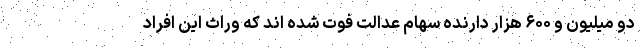
دو میلیون و ۶۰۰ هزار دارنده سهام عدالت فوت شده اند که وراث این افراد